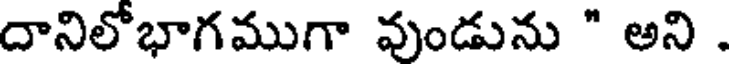
దానిలోభాగముగా వుండును " అని .